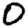
Digit: 0